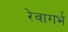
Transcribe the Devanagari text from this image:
रेवागर्भ